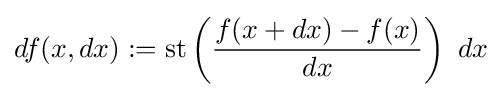
df(x,dx):=\operatorname {st} \left({\frac {f(x+dx)-f(x)}{dx}}\right)\ dx